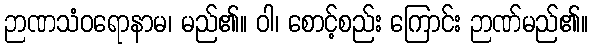
ဉာဏသံဝရောနာမ၊ မည်၏။ ဝါ၊ စောင့်စည်း ကြောင်း ဉာဏ်မည်၏။